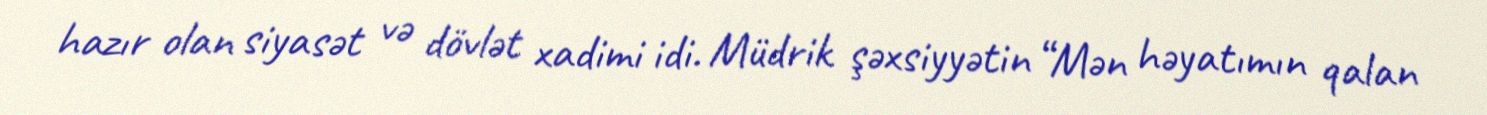
hazır olan siyasət və dövlət xadimi idi. Müdrik şəxsiyyətin “Mən həyatımın qalan